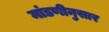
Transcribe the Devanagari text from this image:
मांडणीनुसार